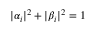
| \alpha _ { i } | ^ { 2 } + | \beta _ { i } | ^ { 2 } = 1